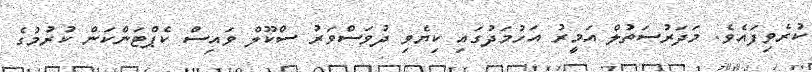
ކުރެވިފައެވެ. މަދަރުސަތުލް އަމީރު އަހުމަދުގައި ކިޔެވި ދުވަސްވަރު ސްކޫލް ވައިސް ކެޕްޓަންކަން ކުރުމުގެ